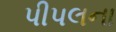
પીપલના